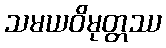
သမယဝိမုတ္တဿ